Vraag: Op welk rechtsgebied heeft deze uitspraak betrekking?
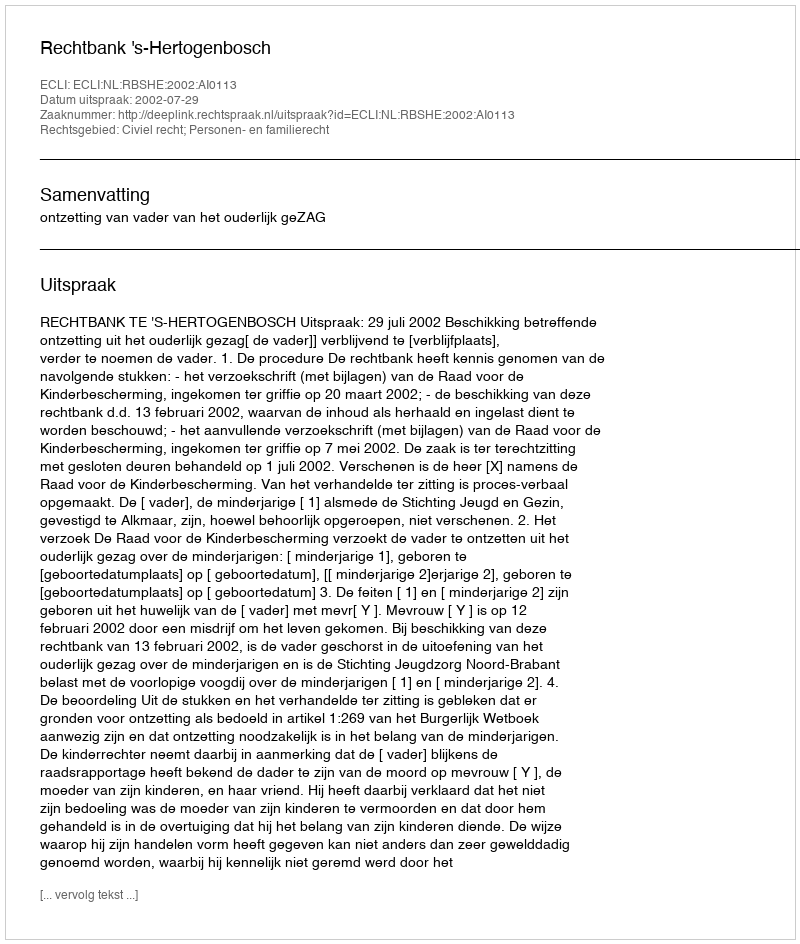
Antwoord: Civiel recht; Personen- en familierecht